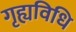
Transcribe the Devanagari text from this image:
गृह्यविधि